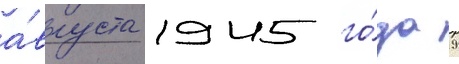
а́вгуста 1945 го́да 19